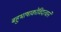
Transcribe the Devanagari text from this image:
बहुभाषाकोविदत्वाने